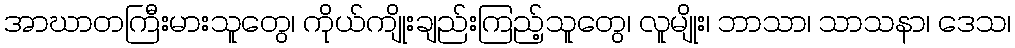
အာဃာတကြီးမားသူတွေ၊ ကိုယ်ကျိုးချည်းကြည့်သူတွေ၊ လူမျိုး၊ ဘာသာ၊ သာသနာ၊ ဒေသ၊